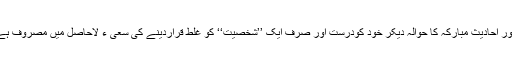
آج جسے دیکھوقرآنی آیات اور احادیث مبارکہ کا حوالہ دیکر خود کودرست اور صرف ایک ’’شخصیت‘‘ کو غلط قراردینے کی سعی ء لاحاصل میں مصروف ہے ، شخصیت بھی کون سی ؟